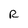
Character: R